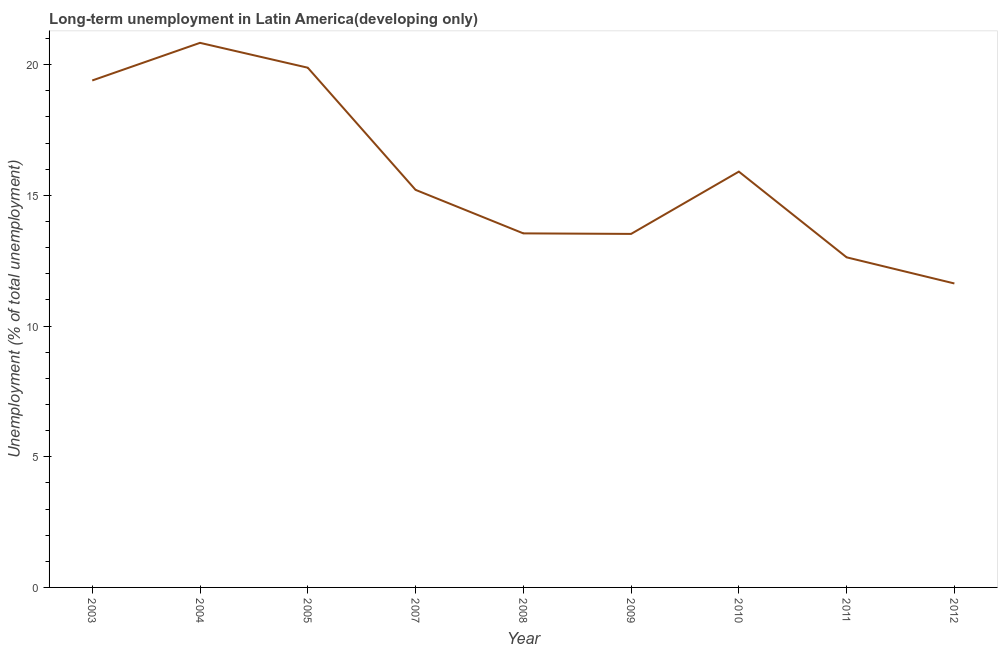
| Year | Long-term unemployment  |
 | --- | --- |
 | 2003 | 19.4 |
 | 2004 | 20.8 |
 | 2005 | 19.9 |
 | 2007 | 15.2 |
 | 2008 | 13.5 |
 | 2009 | 13.5 |
 | 2010 | 15.9 |
 | 2011 | 12.6 |
 | 2012 | 11.6 |